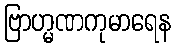
ဗြာဟ္မဏကုမာရေန